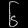
Digit: ၆